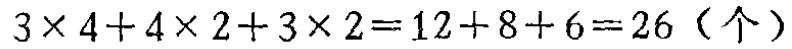
\(3\times 4 + 4\times 2 + 3\times 2 = 12 + 8 + 6 = 26（个）\)